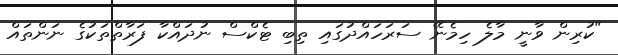
"ކުރިން ވާނީ މާލެ ހިމެނޭ ސަރަހައްދުގައި ތިބި ޓެކްސް ނުދައްކާ ފަރާތްތަކުގެ ނަންތައް